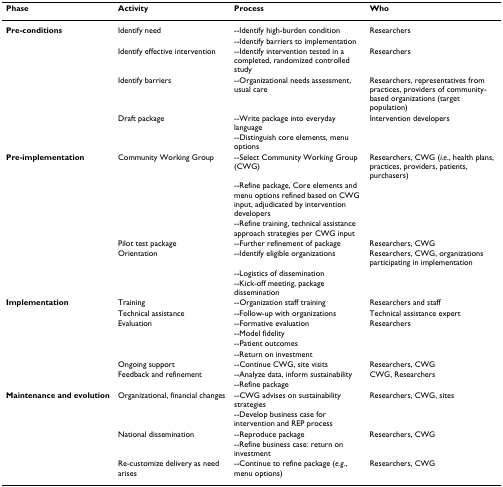
<table><thead><tr><td><b>Phase</b></td><td><b>Activity</b></td><td><b>Process</b></td><td><b>Who</b></td></tr></thead><tbody><tr><td><b>Pre-conditions</b></td><td>Identify need</td><td>--Identify high-burden condition</td><td>Researchers</td></tr><tr><td></td><td></td><td>--Identify barriers to implementation</td><td></td></tr><tr><td></td><td>Identify effective intervention</td><td>--Identify intervention tested in a completed, randomized controlled study</td><td>Researchers</td></tr><tr><td></td><td>Identify barriers</td><td>--Organizational needs assessment, usual care</td><td>Researchers, representatives from practices, providers of community-based organizations (target population)</td></tr><tr><td></td><td>Draft package</td><td>--Write package into everyday language</td><td>Intervention developers</td></tr><tr><td></td><td></td><td>--Distinguish core elements, menu options</td><td></td></tr><tr><td><b>Pre-implementation</b></td><td>Community Working Group</td><td>--Select Community Working Group (CWG)</td><td>Researchers, CWG (<i>i.e</i>., health plans, practices, providers, patients, purchasers)</td></tr><tr><td></td><td></td><td>--Refine package, Core elements and menu options refined based on CWG input, adjudicated by intervention developers</td><td></td></tr><tr><td></td><td></td><td>--Refine training, technical assistance approach strategies per CWG input</td><td></td></tr><tr><td></td><td>Pilot test package</td><td>--Further refinement of package</td><td>Researchers, CWG</td></tr><tr><td></td><td>Orientation</td><td>--Identify eligible organizations</td><td>Researchers, CWG, organizations participating in implementation</td></tr><tr><td></td><td></td><td>--Logistics of dissemination</td><td></td></tr><tr><td></td><td></td><td>--Kick-off meeting, package dissemination</td><td></td></tr><tr><td><b>Implementation</b></td><td>Training</td><td>--Organization staff training</td><td>Researchers and staff</td></tr><tr><td></td><td>Technical assistance</td><td>--Follow-up with organizations</td><td>Technical assistance expert</td></tr><tr><td></td><td>Evaluation</td><td>--Formative evaluation</td><td>Researchers</td></tr><tr><td></td><td></td><td>--Model fidelity</td><td></td></tr><tr><td></td><td></td><td>--Patient outcomes</td><td></td></tr><tr><td></td><td></td><td>--Return on investment</td><td></td></tr><tr><td></td><td>Ongoing support</td><td>--Continue CWG, site visits</td><td>Researchers, CWG</td></tr><tr><td></td><td>Feedback and refinement</td><td>--Analyze data, inform sustainability</td><td>CWG, Researchers</td></tr><tr><td></td><td></td><td>--Refine package</td><td></td></tr><tr><td><b>Maintenance and evolution</b></td><td>Organizational, financial changes</td><td>--CWG advises on sustainability strategies</td><td>Researchers, CWG, sites</td></tr><tr><td></td><td></td><td>--Develop business case for intervention and REP process</td><td></td></tr><tr><td></td><td>National dissemination</td><td>--Reproduce package</td><td>Researchers, CWG</td></tr><tr><td></td><td></td><td>--Refine business case: return on investment</td><td></td></tr><tr><td></td><td>Re-customize delivery as need arises</td><td>--Continue to refine package (<i>e.g</i>., menu options)</td><td>Researchers, CWG</td></tr></tbody></table>